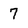
Character: 7